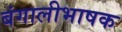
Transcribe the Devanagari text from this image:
बंगालीभाषक